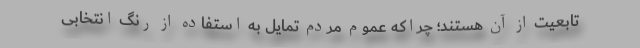
تابعیت از آن هستند؛ چراکه عموم مردم تمایل به استفاده از رنگ انتخابی